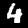
Digit: 4